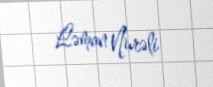
Ləman Nurəli